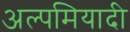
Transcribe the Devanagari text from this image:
अल्पमियादी